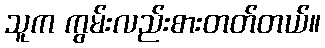
သူက ကွမ်းလည်းစားတတ်တယ်။